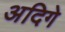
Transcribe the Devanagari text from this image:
अदिगे